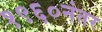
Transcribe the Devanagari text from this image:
१९६०नंतर